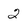
Character: 2